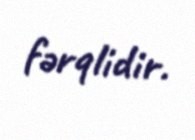
fərqlidir.